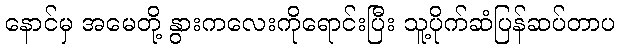
နောင်မှ အမေတို့ နွားကလေးကိုရောင်းပြီး သူ့ပိုက်ဆံပြန်ဆပ်တာပ